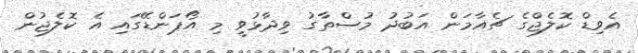
އެވިޑް ކޮލެޖްގެ ޗެއާމަން އަބުދު މުސްތާގު ވިދާޅުވީ މި އޯޕަންޑޭގައި އެ ކޮލެޖުން